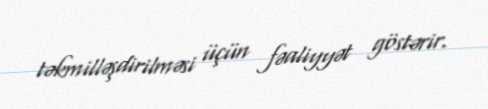
təkmilləşdirilməsi üçün fəaliyyət göstərir.